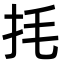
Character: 㧌